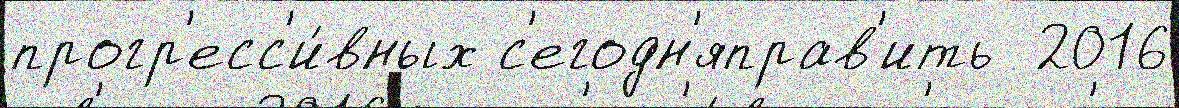
прогр'есс'и́вных с'егодн'яправ'ить  2016